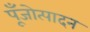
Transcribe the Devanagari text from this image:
पूँजोत्पादन